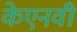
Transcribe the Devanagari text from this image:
केएनवी